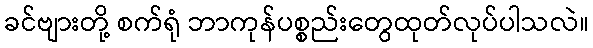
ခင်ဗျားတို့ စက်ရုံ ဘာကုန်ပစ္စည်းတွေထုတ်လုပ်ပါသလဲ။